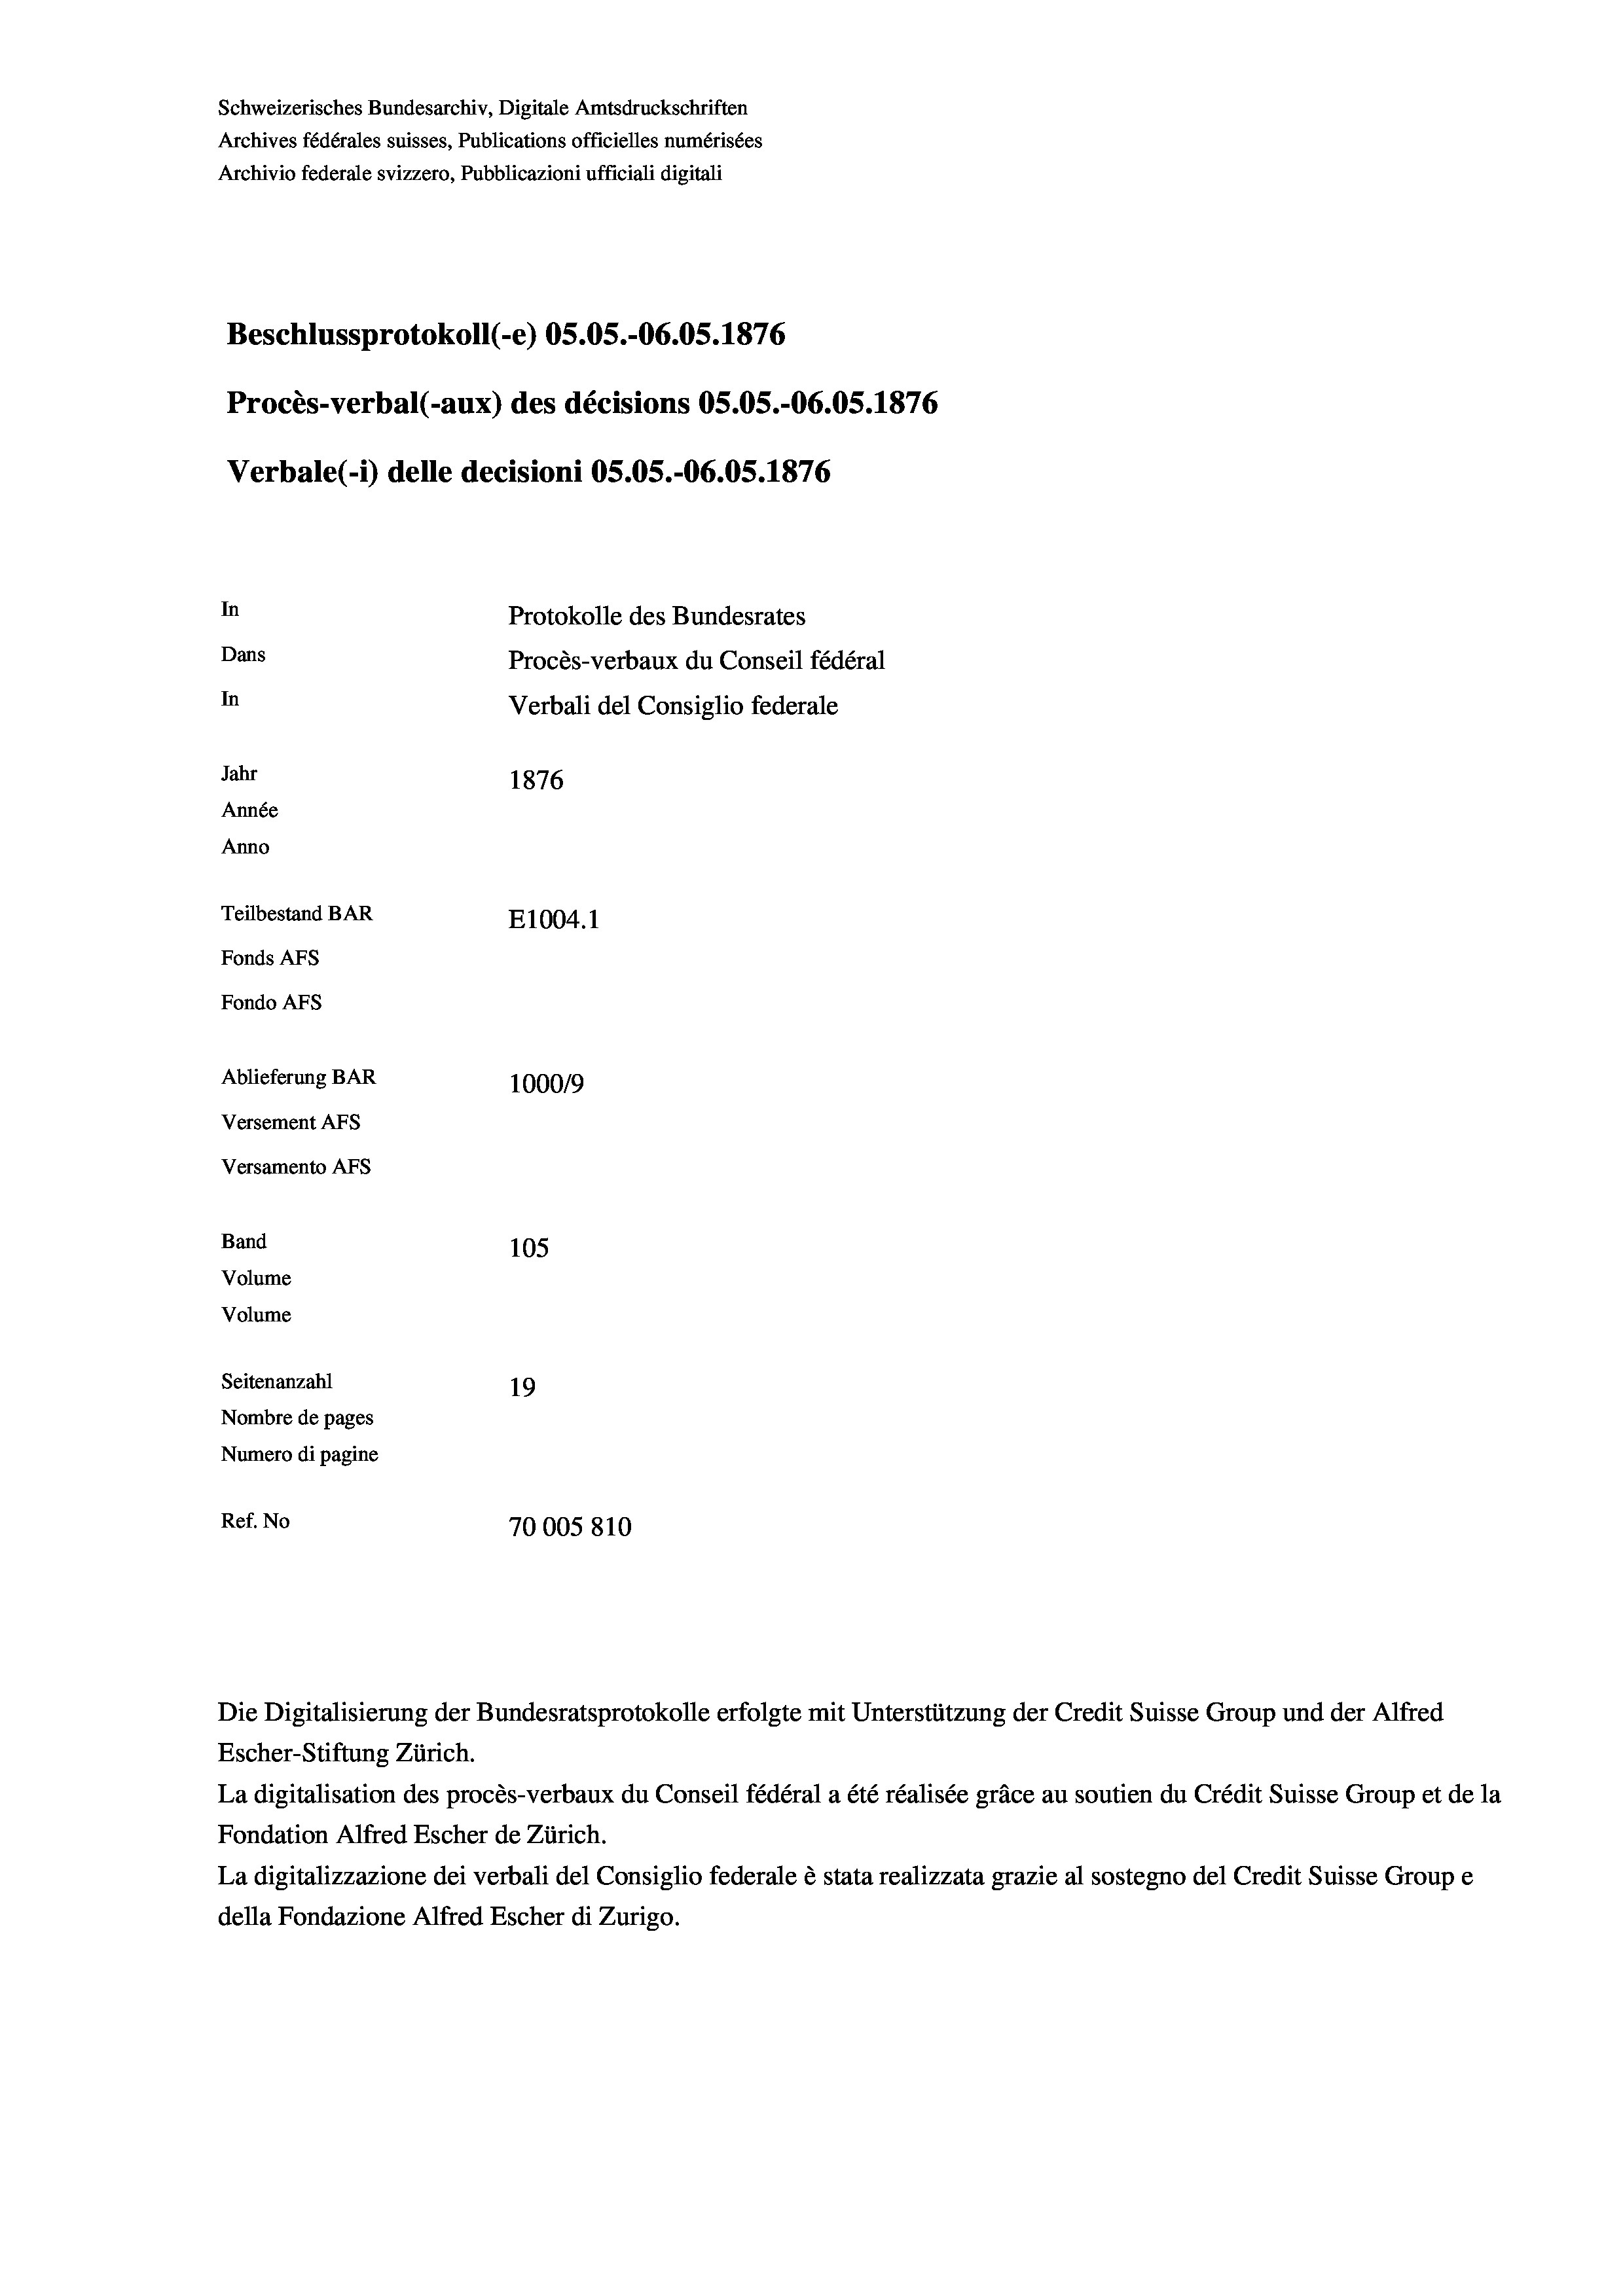
Schweizerisches Bundesarchiv, Digitale Amtsdruckschriften
Archives fédérales suisses, Publications officielles numérisées
Archivio federale svizzero, Pubblicazioni ufficiali digitali
Beschlussprotokoll (-e) OS.05.-O6.05. 1876
Procès-verbal (-aux) des décisions OS.OS.-06.05. 1876
Verbale (1) delle decisioni OS.OS.-O6.05. 1876
In
Protokolle des Bundesrates
Dans
Procès-verbaux du Conseil fédéral
In
Verbali del Consiglio federale
Jahr
1876
Année
Anno
Teilbestand BAR
E1004.1
Fonds AFs
Fondo Afs
Ablieferung BAR
100019
Versement AFs
Versamento Afs
Band
105
Volume
Volume
Seitenanzahl
19
Nombre de pages
Numero di pagine
Ref. No
70005810

Escher-Stiftung Zürich.
La digitalisation des procès-verbaux du Conseil fédéral a été réalisée gräce au soutien du Crédit Suisse Group et de la
Fondation Alfred Escher de Zürich.
La digitalizzazione dei verbali del Consiglio federale è stata realizzata grazie al sostegno del Credit Suisse Groupe
della Fondazione Alfred Escher di Zurigo.

Die Digitalisierung der Bundesratsprotokolle erfolgte mit Unterstützung der Credit Suisse Group und der Alfred